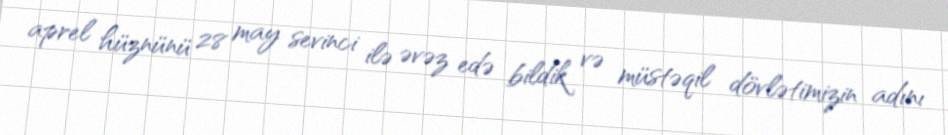
aprel hüznünü 28 may sevinci ilə əvəz edə bildik və müstəqil dövlətimizin adını